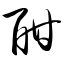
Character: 酣